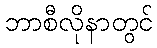
ဘာစီလိုနာတွင်